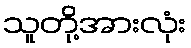
သူတို့အားလုံး